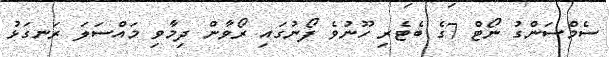
ސެމްސަންގު ނޯޓް 7ގެ ބެޓެރި ހޫނުވެ ފޯނުގައި ރޯވާން ދިމާވި މައްސަލަ ރަނގަޅު